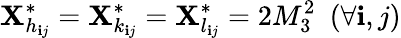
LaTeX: \mathbf{X}_{h_{\mathbf{i}j}}^{*}=\mathbf{X}_{k_{\mathbf{i}j}}^{*}=\mathbf{X}_{l_{\mathbf{i}j}}^{*}=2M_{3}^{2}\ \ (\forall\mathbf{i},j)